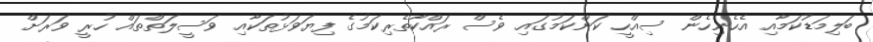
ބަލިމަޑުކަމާއި އެހެނިހެން ސިއްހީ ކަންކަމުގައި ވެސް ރައްކާތެރިކަމުގެ ފިޔަވަޅުތަކާއި ވަސީލަތްތައް ހުރީ ވަރަށް